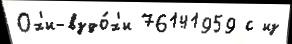
Ох'и-вздо́х'и 76141959 с из